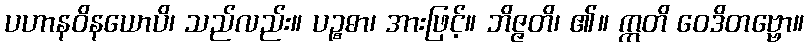
ပဟာနဝိနယောပိ၊ သည်လည်း။ ပဉ္စဓာ၊ အားဖြင့်။ ဘိဇ္ဇတိ၊ ၏။ ဣတိ ဝေဒိတဗ္ဗော။